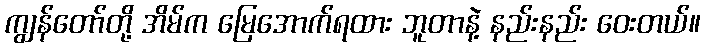
ကျွန်တော်တို့ အိမ်က မြေအောက်ရထား ဘူတာနဲ့ နည်းနည်း ဝေးတယ်။